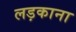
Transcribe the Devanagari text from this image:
लड़काना